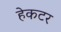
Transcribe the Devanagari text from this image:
हेकटर